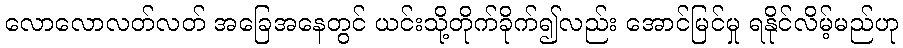
လောလောလတ်လတ် အခြေအနေတွင် ယင်းသို့တိုက်ခိုက်၍လည်း အောင်မြင်မှု ရနိုင်လိမ့်မည်ဟု